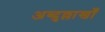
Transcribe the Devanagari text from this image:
अब्दुल्लाखाँ